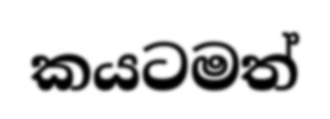
කයටමත්